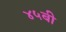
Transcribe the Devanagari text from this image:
४५बी